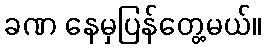
ခဏ နေမှပြန်တွေ့မယ်။